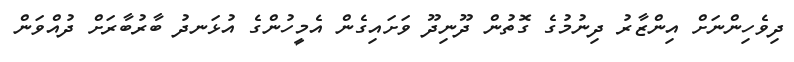
ދިވެހިންނަށް އިންޒާރު ދިނުމުގެ ގޮތުން ދޫނިދޫ ވަށައިގެން އެމީހުންގެ އުޅަނދު ބާރުބާރަށް ދުއްވަން